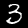
Label: 3